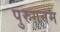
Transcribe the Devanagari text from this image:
पुरुगनम